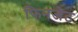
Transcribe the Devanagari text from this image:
फिनजेट